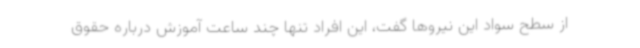
از سطح سواد این نیروها گفت، این افراد تنها چند ساعت آموزش درباره حقوق